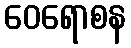
ဝေရောစန